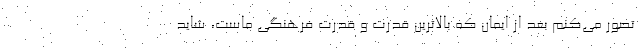
تصور می‌کنم بعد از ایمان که بالاترین قدرت و قدرت فرهنگی ماست، شاید